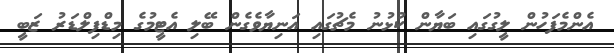
އެންމެފަހުން ލީގުގައި ބަޔާން ކުޅުނު މެޗުގައި އަނިޔާވެގެން ބޭލި އެޓީމުގެ މިޑްފިލްޑަރު ޒަބީ